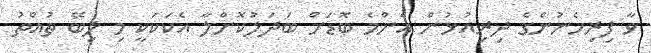
ވާ ފިރިހެނުންގެ ދިރިއުޅުން އެންމެ ބޮޑަށް ބަދަލުކޮށްލާ އެކަކަކީ މި ލިބޭ ތުއްތު